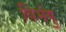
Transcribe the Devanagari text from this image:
विभंगु